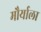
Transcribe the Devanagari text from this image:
मौर्याला